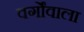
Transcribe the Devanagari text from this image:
वर्गोंवाला